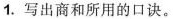
1.写出商和所用的口诀。